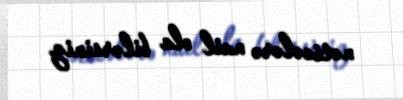
nəticələrə nail ola bilərsiniz.